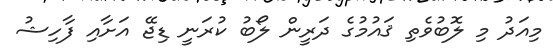
މިއަދު މި ލޮބުވެތި ޤައުމުގެ ދަރީން ލޯބު ކުރަނީ ޑިޖޭ އަށާއި ފާހިޝު